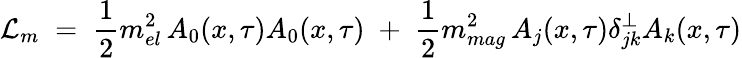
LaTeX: {\mathcal L}_{m}\; =\; \frac{1}{2}m_{el}^{2}\, A_{0}(x,\tau)A_{0}(x,\tau)\; +\; \frac{1}{2}m_{mag}^{2}\, A_{j}(x,\tau)\delta_{jk}^{\perp}A_{k}(x,\tau)